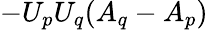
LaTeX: -U_{p}U_{q}(A_{q}-A_{p})